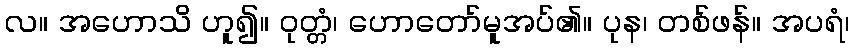
လ။ အဟောသိ ဟူ၍။ ဝုတ္တံ၊ ဟောတော်မူအပ်၏။ ပုန၊ တစ်ဖန်။ အပရံ၊